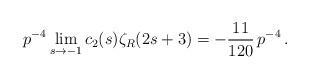
LaTeX: \begin{align*} p^{-4}\lim_{s\to -1} c_2(s)\zeta_R(2s+3)=-\frac{11}{120}\, p^{-4}\,.\end{align*}